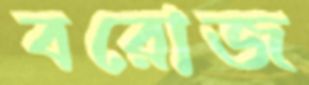
বরোজ